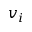
v _ { i }